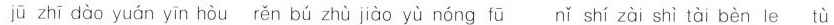
jū zhī dào yuán yīn hòu rěn bú zhù jiào yù nóng fū nǐ shí zài shì tài bèn tù